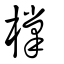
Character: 橕